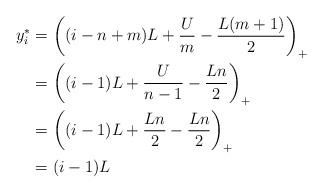
LaTeX: \begin{align*} y^*_i &= \left((i-n+m)L+\frac{U}{m}-\frac{L(m+1)}{2}\right)_+\\ &= \left((i-1)L+\frac{U}{n-1}-\frac{Ln}{2}\right)_+\\ &= \left((i-1)L+\frac{Ln}{2}-\frac{Ln}{2}\right)_+\\ &= (i-1)L \end{align*}